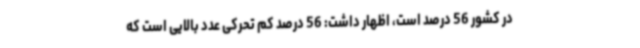
در کشور 56 درصد است، اظهار داشت: 56 درصد کم تحرکی عدد بالایی است که